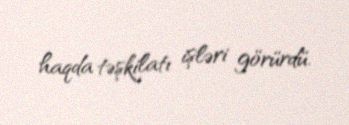
haqda təşkilatı işləri görürdü.